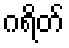
ဂရိတ်